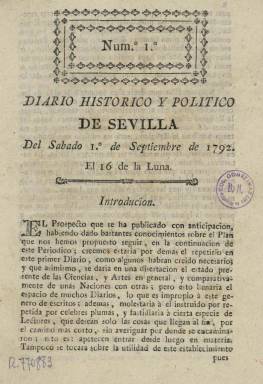
Título: Diario histórico y político de Sevilla
Colección: Periódicos anteriores a 1850
Ámbito geográfico: Sevilla
Lugar de publicación: Sevilla
Fechas: 01/09/1792-13/04/1793

Es la primera publicación diaria sevillana, que aparece el sábado uno de septiembre de 1792, después de que en esta ciudad se hubieran publicado otros títulos de frecuencia bisemanal o semanal, como habían sido Hebdomario útil sevillano (1758-1762 y 1766-1767), El Embronario (1760), Correo de Sevilla (1781), Papel semanario de Sevilla (1787) o Semanario de Sevilla (1788), o se hubieran reimpreso o impreso algunas gazetas desde el siglo XVII y durante la Guerra de Sucesión. Ahora la capital hispalense se incorpora a otras ciudades españoles que ya habían iniciado la publicación de su diario, que en este caso, tras serle concedido el correspondiente privilegio real, será editado por el militar de origen francés y barón de la Bruère, José María de Lacroix (1746-), que ya tenía la experiencia de haber editado previamente Diario de Valencia (1890-1791).

Para Lucienne Domergue (1981), De Lacroix fue “un periodista empresario característico de los últimos lustros del Antiguo Régimen”, pues después seguirá editando otros periódicos, como Correo de Cádiz (1795) y Diario mercantil de Cádiz (1802). Sin embargo, tras su sombra actuaría en Sevilla Juan Pablo Forner (1756-1797), un escritor ilustrado y eterno apologista que utilizará este papel diario para “combatir los principios y máximas de la falsa y desatinada filosofía” que había “dado origen y ocasión a la Revolución francesa”. Aunque Pérez de Guzmán (1902), Gómez Aparicio (1967) o Guinard (1973) señalan a Carlos de Elías y Delgado (1758-18--) como cofundador o principal redactor del periódico, María Román López (2012), autor de un amplio y excelente trabajo sobre este diario sevillano y su fundador, expresa que el nombre de quien ha sido calificado como el primer periodista sevillano podría estar relacionado con el mismo en su calidad de propietario de la imprenta en la que se estamparía.

Salió, incluso los domingos, en pliegos de cuatro páginas, hasta el uno de marzo de 1793 de la prensas de Vázquez e Hidalgo, en la calle Génova, y después de la propia Imprenta del Diario, cuando en su cabecera empieza a aparecer grabado un escudo con el emblema sevillano NO-DO, con una madeja en medio. Se componía a una columna, pero también en sus últimas páginas utilizaba las dos columnas, además de los epígrafes para agrupar sus contenidos. Comenzaba con un artículo sobre la vida del santo del día, seguía con las afecciones astronómicas, las horas de las mareas del río, las embarcaciones fondeadas en su puerto, de sus llegadas y salidas, los precios de los granos, ventas, pérdidas, hallazgos, alquileres o empleos bajo el epígrafe Noticias particulares de Sevilla. También publica artículos sobre comercio, agricultura, historia local, de filosofía, ética y moral, educación, medicina, botánica, higiene, física, mitología, así como textos literarios, traducciones, odas, sonetos, décimas, romances o fábulas, y otros textos de entretenimiento, como notas de teatros y de diversiones públicas, anécdotas, enigmas o sentencias. Para Román López el diario de De Lacroix “posee un carácter misceláneo que alcanza uno de los más sustanciales objetivos del pensamiento ilustrado”.

Entre sus colaboradores se encuentran algunos jóvenes que protagonizan un despertar intelectual en Sevilla en torno a una serie de academias literarias, entre los que se encontraban Alberto Lista, Francisco de Paula López de Castro, Diego de Salde, José María Roldán, Manuel María de Arjona o Justino Matute y Gaviria, y también aparecen otras firmas, como las de Juan Meléndez Valdés y Martín Fernández Navarrete. Para rubricar sus textos son frecuentes las siglas y los seudónimos, como El Forastero o El Incógnito, que utilizó Nicolás Tapia, entre otros.

Este primer diario sevillano vivirá sólo diez meses, hasta el 30 de junio de 1793. Su colección en la BNE sólo la integran tres números de 1793, y la completa la forman dos tomos; el primero de 122 números, y el segundo, de 181. De Lacroix se trasladará a Cádiz en donde seguirá publicando otros periódicos. Véase también el trabajo de Elisabel Larriba sobre este editor.